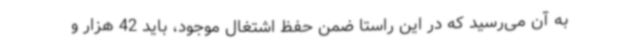
به آن می‌رسید که در این راستا ضمن حفظ اشتغال موجود، باید 42 هزار و